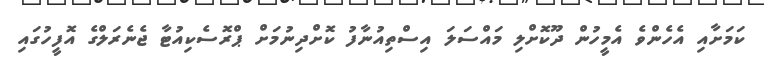
ކަމަށާއި އެހެންވެ އެމީހުން ދޫކޮށްލި މައްސަލަ އިސްތިއުނާފު ކޮށްދިނުމަށް ޕްރޮސެކިއުޓާ ޖެނެރަލްގެ އޮފީހުގައި